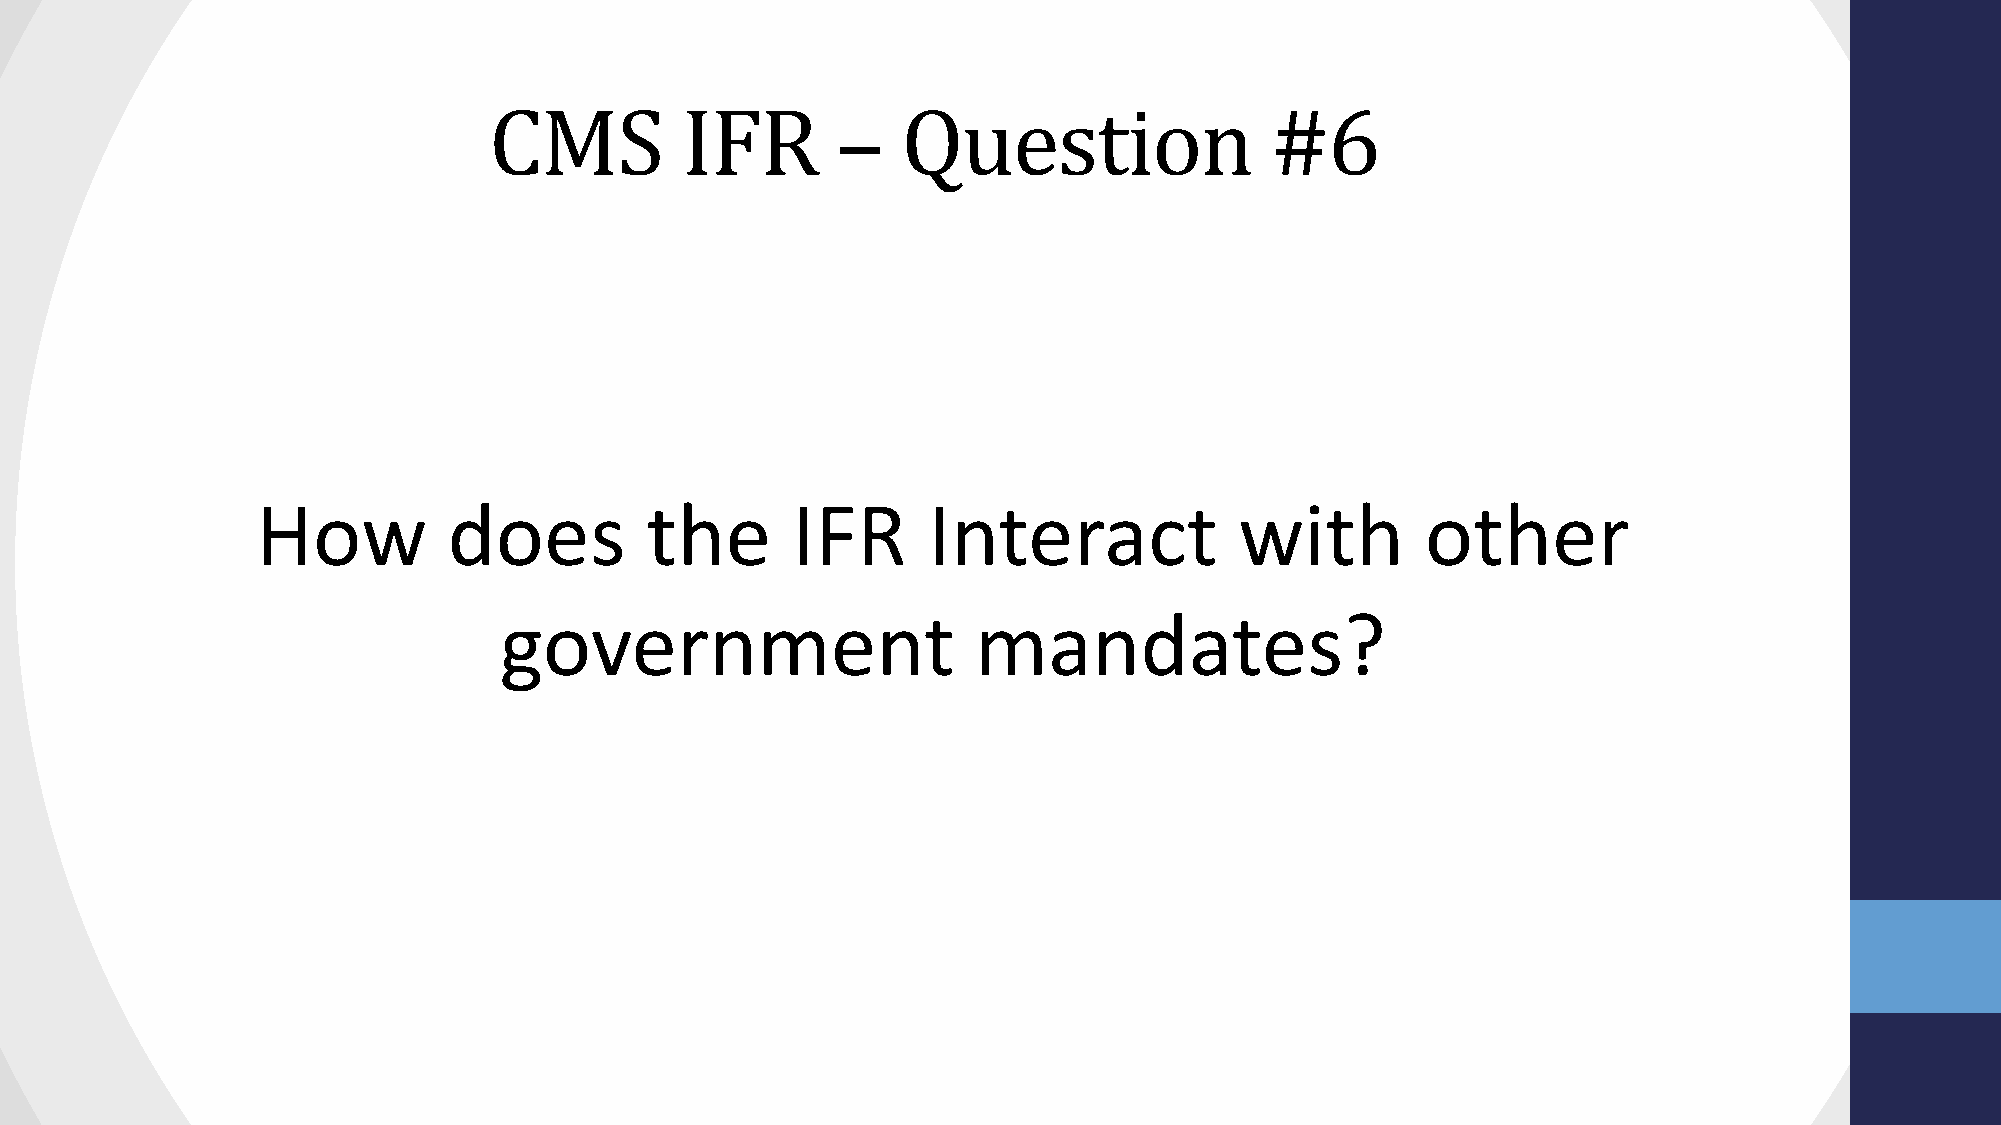
CMS          IFR       –    Question                #6
 How          does         the      IFR      Interact             with        other
 government                      mandates?